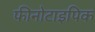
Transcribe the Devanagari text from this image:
फीनोटाइपिक